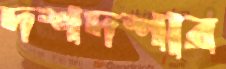
দশদশার